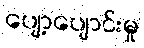
ပျော့ပျောင်းမှု